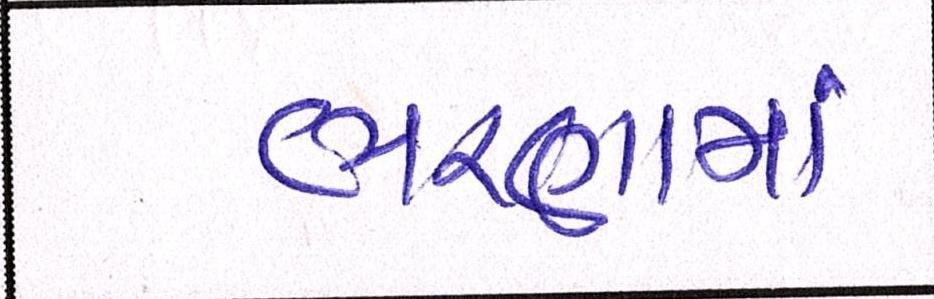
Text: ભરણામાં